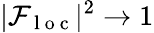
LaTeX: |\mathcal{F}_{\mathrm{~l~o~c~}}|^{2}\rightarrow 1